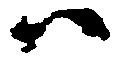
ハ